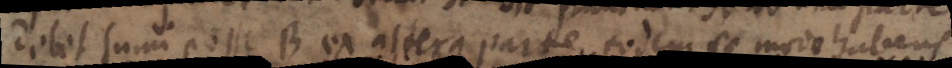
delet sumi posse B ex altera parte eodem se modo habens